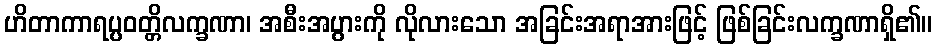
ဟိတာကာရပ္ပဝတ္တိလက္ခဏာ၊ အစီးအပွားကို လိုလားသော အခြင်းအရာအားဖြင့် ဖြစ်ခြင်းလက္ခဏာရှိ၏။